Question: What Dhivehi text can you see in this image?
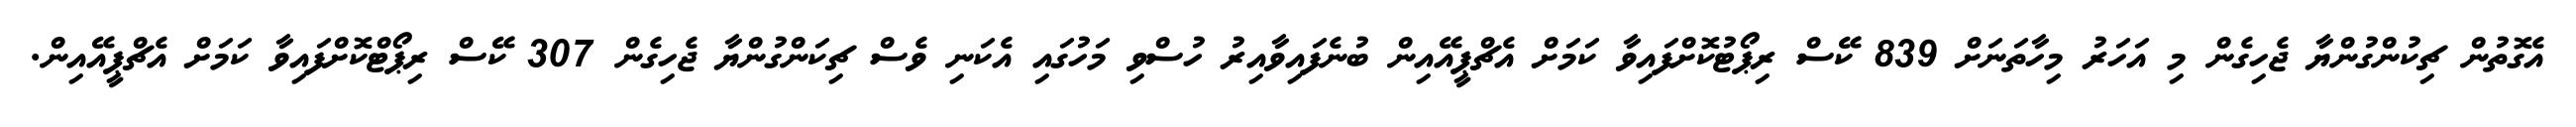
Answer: އެގޮތުން ޗިކުންގުންޔާ ޖެހިގެން މި އަހަރު މިހާތަނަށް 839 ކޭސް ރިޕޯޓުކޮށްފައިވާ ކަމަށް އެޗްޕީއޭއިން ބުނެފައިވާއިރު ހުސްވި މަހުގައި އެކަނި ވެސް ޗިކަންގުންޔާ ޖެހިގެން 307 ކޭސް ރިޕޯޓްކޮށްފައިވާ ކަމަށް އެޗްޕީއޭއިން.